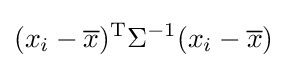
(x_{i}-{\overline {x}})^{\mathrm {T} }\Sigma ^{-1}(x_{i}-{\overline {x}})